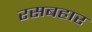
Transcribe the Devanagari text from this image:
रसबहार